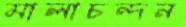
মালাচন্দন